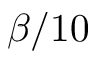
\beta / 1 0